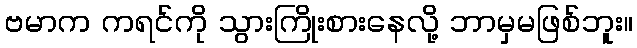
ဗမာက ကရင်ကို သွားကြိုးစားနေလို့ ဘာမှမဖြစ်ဘူး။